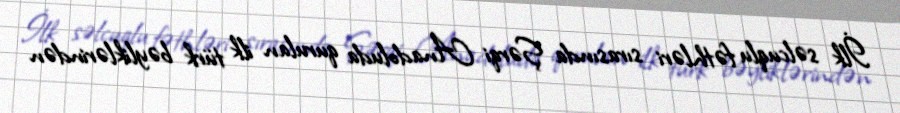
İlk səlcuqlu fəthləri sırasında Şərqi Anadoluda qurulan ilk türk bəyliklərindən